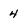
Character: 4